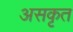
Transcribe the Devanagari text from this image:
असकृत